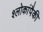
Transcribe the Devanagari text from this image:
श्लोकांपैकी